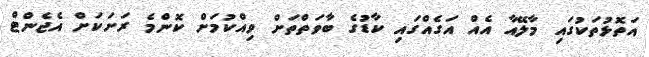
އަތޮޅުތަކުގައި މާލޭއާ އެއް އަގެއްގައި ކާޑުގެ ބާވަތްތަށް ވިއްކުމަށް ކޮންމެ ރަށަކަށް އެޖެންޓް